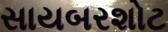
સાયબરશોટ